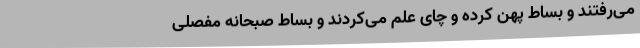
می‌رفتند و بساط پهن کرده و چای عَلَم می‌کردند و بساط صبحانه مفصلی